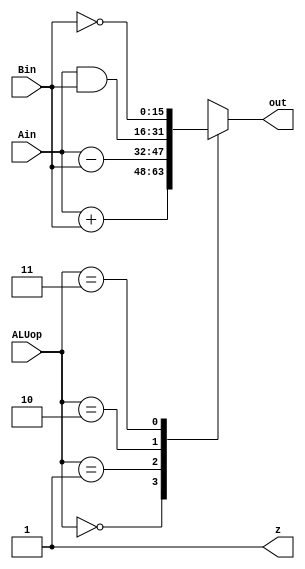
module ALU(Ain,Bin,ALUop,out,z);    
    input [15:0] Ain,Bin;
    input [1:0] ALUop;
    output [15:0] out;
    reg [15:0] out;
    output z; 
    reg z; 

    always @(*) begin
        casex(ALUop)
            2'b00: out = Ain + Bin;
            2'b01: out = Ain - Bin;
            2'b10: out = Ain & Bin;
            2'b11: out = ~Bin;
            default: out =  Ain;
        endcase
        if (out == 16'b0000000000000000);
        begin
            z = 1;
        end
    end


endmodule